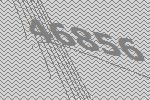
46856